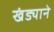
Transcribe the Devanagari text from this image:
खंड्याने